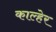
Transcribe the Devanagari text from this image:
काल्हेर